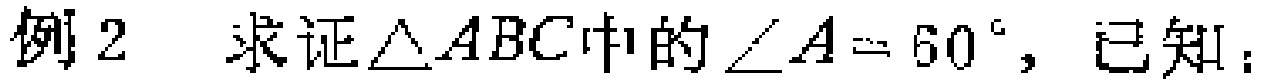
例2 求证$\triangle ABC$中的$\angle A = 60^{\circ}$，已知：